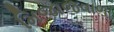
મિજાજવાળા